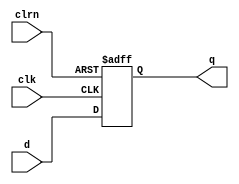
module dff32 (d,clk,clrn,q);
   input  [31:0] d;
   input         clk,clrn;
   output [31:0] q;
   reg 	[31:0]    q;
   always @ (negedge clrn or posedge clk)
      if (clrn == 0) begin

          q <=0;
      end else begin
          q <= d;
      end
endmodule

module dff1 (d,clk,clrn,q);
   input   d;
   input   clk,clrn;
   output  q;
   reg 	  q;
   always @ (negedge clrn or posedge clk)
      if (clrn == 0) begin

          q <=0;
         
      end else begin
          q <= d;
      end
endmodule

module dff4 (d,clk,clrn,q);
   input  [3:0] d;
   input         clk,clrn;
   output [3:0] q;
   reg 	[3:0]    q;
   always @ (negedge clrn or posedge clk)
      if (clrn == 0) begin

          q <=0;

      end else begin
          q <= d;
      end
endmodule

module dff5 (d,clk,clrn,q);
   input  [4:0] d;
   input         clk,clrn;
   output [4:0] q;
   reg 	[4:0]    q;
   always @ (negedge clrn or posedge clk)
      if (clrn == 0) begin

          q <=0;

      end else begin
          q <= d;
      end
endmodule